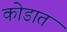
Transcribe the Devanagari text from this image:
कोडात